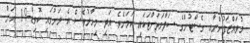
މުވައްޒަފުންނާއި ގެސްޓުންގެ ސަލާމަތަށްޓަކައި ކަމަށެވެ. އަދި މިހާރުވެސް އެ ރަށުގައި ކޮވިޑް-19 އަށް